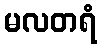
မလတရံ